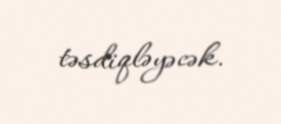
təsdiqləyəcək.